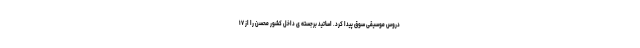
دروس موسیقی سوق پیدا کرد. اساتید برجسته ی داخل کشور محسن را از ۱۷